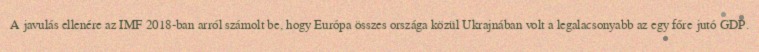
A javulás ellenére az IMF 2018-ban arról számolt be, hogy Európa összes országa közül Ukrajnában volt a legalacsonyabb az egy főre jutó GDP.